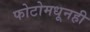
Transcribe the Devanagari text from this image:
फोटोमधूनही